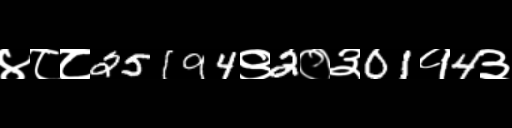
Text: ४८८25194९2०३01१4३